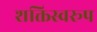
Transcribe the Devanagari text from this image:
शक्तिस्वरूप